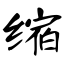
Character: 缩